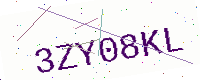
Text: 3ZY08KL